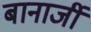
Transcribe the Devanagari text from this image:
बानार्जी